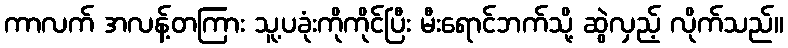
ကာလက် အလန့်တကြား သူ့ပခုံးကိုကိုင်ပြီး မီးရောင်ဘက်သို့ ဆွဲလှည့် လိုက်သည်။